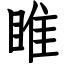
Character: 睢